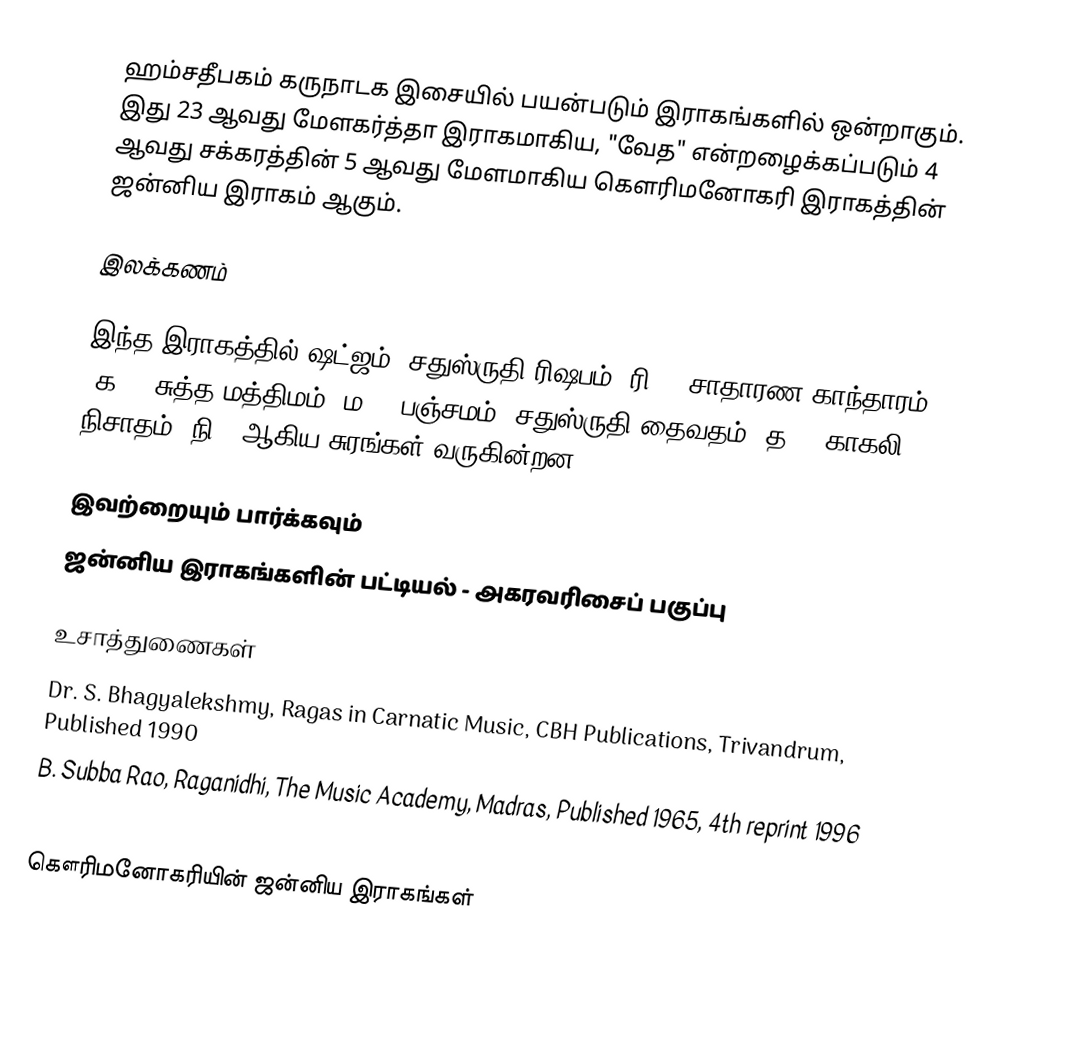
ஹம்சதீபகம் கருநாடக இசையில் பயன்படும் இராகங்களில் ஒன்றாகும். இது 23 ஆவது மேளகர்த்தா இராகமாகிய, "வேத" என்றழைக்கப்படும் 4 ஆவது சக்கரத்தின் 5 ஆவது மேளமாகிய கௌரிமனோகரி இராகத்தின் ஜன்னிய இராகம் ஆகும்.

இலக்கணம்

இந்த இராகத்தில் ஷட்ஜம், சதுஸ்ருதி ரிஷபம் (ரி2), சாதாரண காந்தாரம் (க2), சுத்த மத்திமம் (ம1), பஞ்சமம், சதுஸ்ருதி தைவதம் (த2), காகலி நிசாதம்  (நி3) ஆகிய சுரங்கள் வருகின்றன.

இவற்றையும் பார்க்கவும்
 ஜன்னிய இராகங்களின் பட்டியல் - அகரவரிசைப் பகுப்பு

உசாத்துணைகள்
 Dr. S. Bhagyalekshmy, Ragas in Carnatic Music, CBH Publications, Trivandrum, Published 1990
 B. Subba Rao, Raganidhi, The Music Academy, Madras, Published 1965, 4th reprint 1996

கௌரிமனோகரியின் ஜன்னிய இராகங்கள்